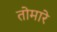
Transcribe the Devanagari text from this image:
तोमारे